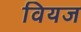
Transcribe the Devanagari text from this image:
वियज